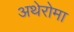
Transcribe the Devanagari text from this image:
अथेरोमा